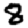
Digit: 8